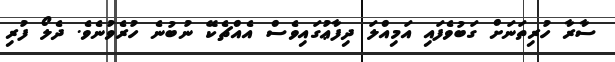
ސާރާ ހުރިތަނަށް ގަބުވެފައި އަމިއްލަ ދިފާޢުގައިވެސް އެއްޗެކޭ ނުބުނެ ހުރެވުނެވެ. ދެލޯ ފުރި